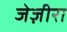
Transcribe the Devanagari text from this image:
जेज़ीरा